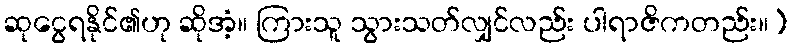
ဆုငွေရနိုင်၏ဟု ဆိုအံ့။ ကြားသူ သွားသတ်လျှင်လည်း ပါရာဇိကတည်း။)